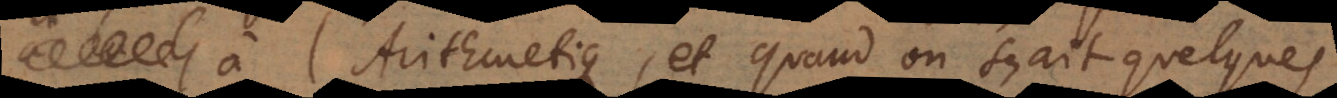
l’Arithmetique, et quand on sçait q